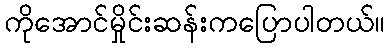
ကိုအောင်မှိုင်းဆန်းကပြောပါတယ်။